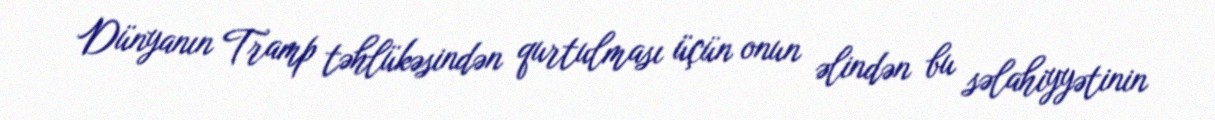
Dünyanın Tramp təhlükəsindən qurtulması üçün onun əlindən bu səlahiyyətinin